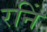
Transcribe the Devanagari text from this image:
रनिं